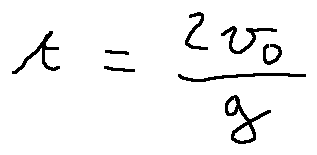
t = \frac { 2 v _ { 0 } } { g }